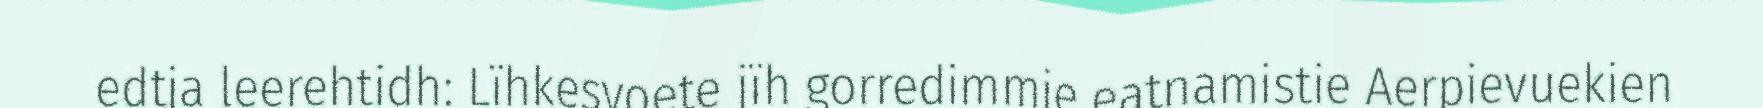
edtja leerehtidh: Lïhkesvoete jïh gorredimmie eatnamistie Aerpievuekien